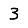
Digit: 3